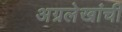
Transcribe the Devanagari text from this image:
अग्रलेखांची